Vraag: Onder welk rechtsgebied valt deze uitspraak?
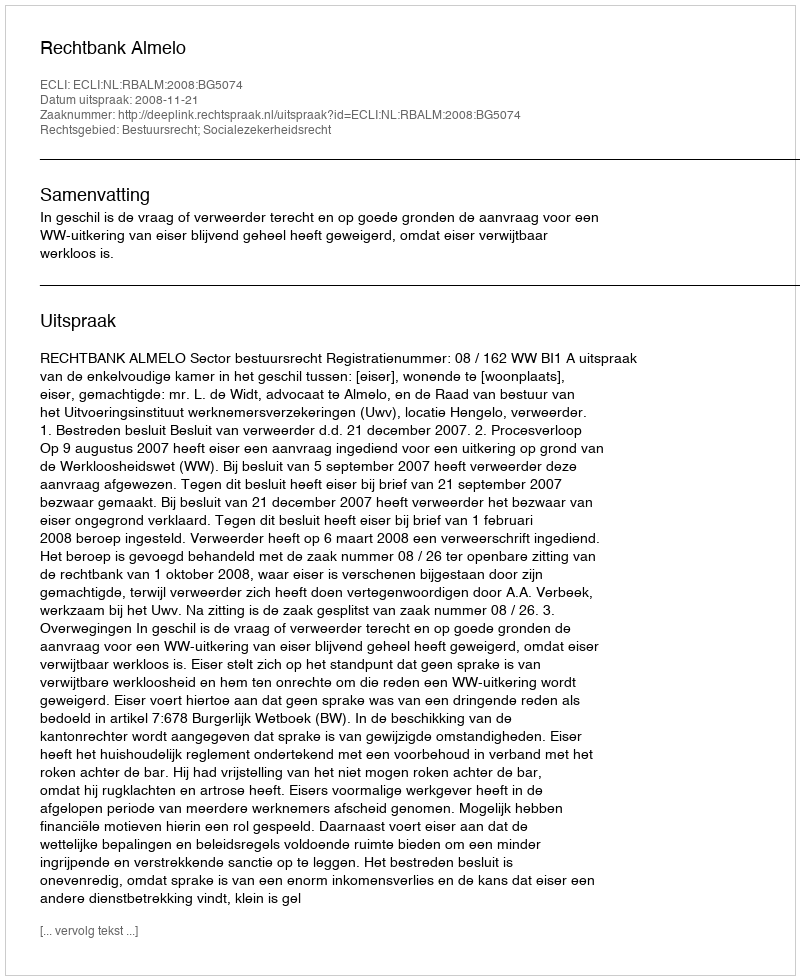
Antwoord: Bestuursrecht; Socialezekerheidsrecht